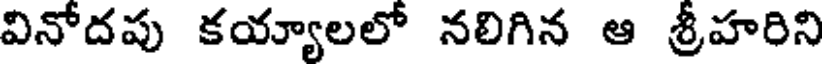
వినోదపు కయ్యాలలో నలిగిన ఆ శ్రీహరిని